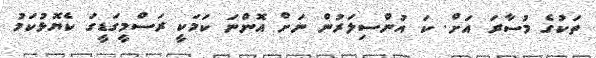
ތަކުގެ މުސާރަ އަށް. ކަ އުންސިލަރުން ނަށް އޮންނަ ކަމަކީ ރަސްމީގަޑީގަ ކެޔޮޅުކަމު